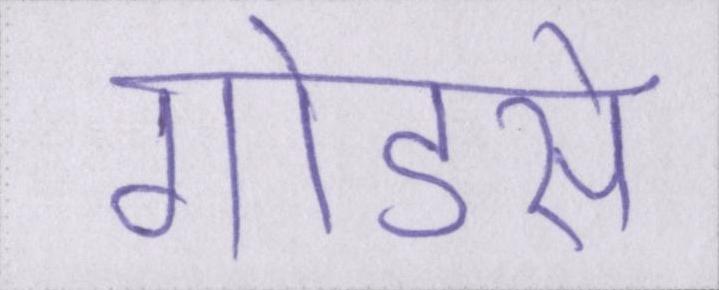
गोडसे